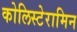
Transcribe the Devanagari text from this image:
कोलिस्टेरामिन